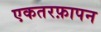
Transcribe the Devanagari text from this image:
एकतरफ़ापन